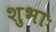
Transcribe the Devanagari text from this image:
शुभाः